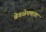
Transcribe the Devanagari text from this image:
वेगळेपणाचा